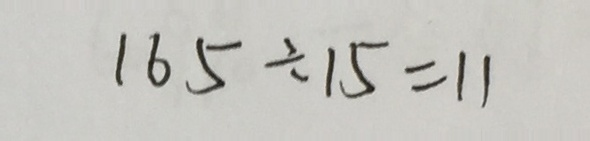
1 6 5 \div 1 5 = 1 1